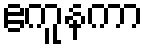
ဧကူနကာ